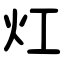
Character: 灴